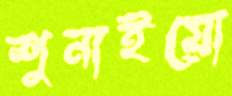
শুনাইয়ো